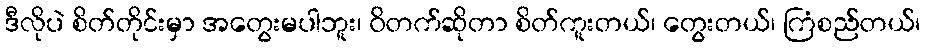
ဒီလိုပဲ စိတ်တိုင်းမှာ အတွေးမပါဘူး၊ ဝိတက်ဆိုတာ စိတ်ကူးတယ်၊ တွေးတယ်၊ ကြံစည်တယ်၊